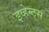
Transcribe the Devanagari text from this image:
इव्हेन्ट्‌स